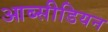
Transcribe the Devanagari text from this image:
आब्सीडियन